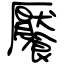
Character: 饜